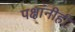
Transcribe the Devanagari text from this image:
पक्षांनीही